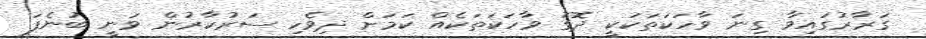
ގަރާރުގައިވާ ގިނަ ވާހަކަތަކަކީ ދޮގު ވާހަކަތަކެއް ކަމަށް ދިވެހި ސަރުކާރުން ވަނީ ބުނެފަ